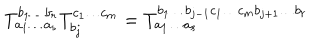
T _ { a _ { 1 } \ldots a _ { s } } ^ { b _ { 1 } \ldots b _ { r } } T _ { b _ { j } } ^ { c _ { 1 } \ldots c _ { m } } = T _ { a _ { 1 } \ldots a _ { s } } ^ { b _ { 1 } \ldots b _ { j - 1 } c _ { 1 } \ldots c _ { m } b _ { j + 1 } \ldots b _ { r } }